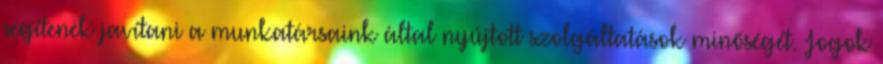
segítenek javítani a munkatársaink által nyújtott szolgáltatások minőségét. Jogok